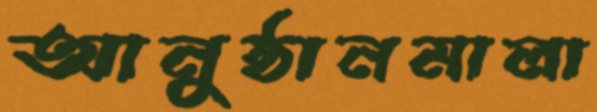
আনুষ্ঠানমালা